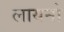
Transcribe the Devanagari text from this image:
लायनो